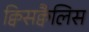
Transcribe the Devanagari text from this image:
क्विसक्वैलिस